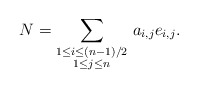
\begin{align*}N=\sum_{\substack{1\leq i\leq (n-1)/2 \\ 1\leq j\leq n}}\, a_{i,j}e_{i,j}.\end{align*}